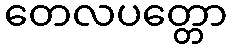
တေလပတ္တော